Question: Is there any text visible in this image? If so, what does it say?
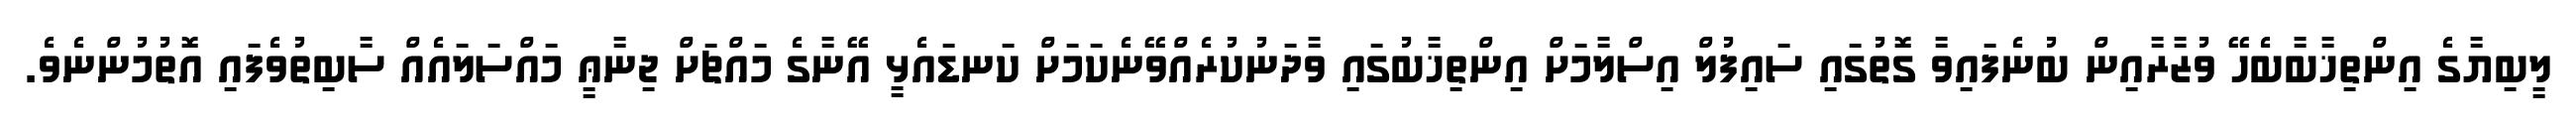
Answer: ލީބިޔާގެ އިންތިޚާބާބެހޭ ވުޒާރާއިން ބުނެފައިވާ ގޮތުގައި ސައިފުލް އިސްލާމަށް އިންތިޚާބުގައި ވާދަނުކުރެއްވޭނެކަމަށް ކަނޑައެޅީ އޭނާގެ މައްޗަށް ޖިނާޢީ މައްސަލައެއް ސާބިތުވެފައި އޮތުމުންނެވެ.